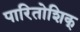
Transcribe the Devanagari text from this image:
पारितोशिक्